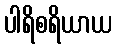
ပါရိစရိယာယ